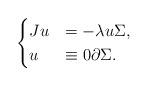
LaTeX: \begin{align*}\begin{cases}{J}u &=-\lambda u \Sigma,\\u & \equiv 0 \partial \Sigma.\end{cases}\end{align*}